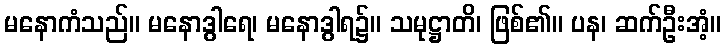
မနောကံသည်။ မနောဒွါရေ၊ မနောဒွါရ၌။ သမုဋ္ဌာတိ၊ ဖြစ်၏။ ပန၊ ဆက်ဦးအံ့။